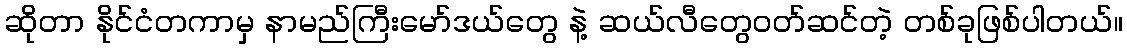
ဆိုတာ နိုင်ငံတကာမှ နာမည်ကြီးမော်ဒယ်တွေ နဲ့ ဆယ်လီတွေဝတ်ဆင်တဲ့ တစ်ခုဖြစ်ပါတယ်။